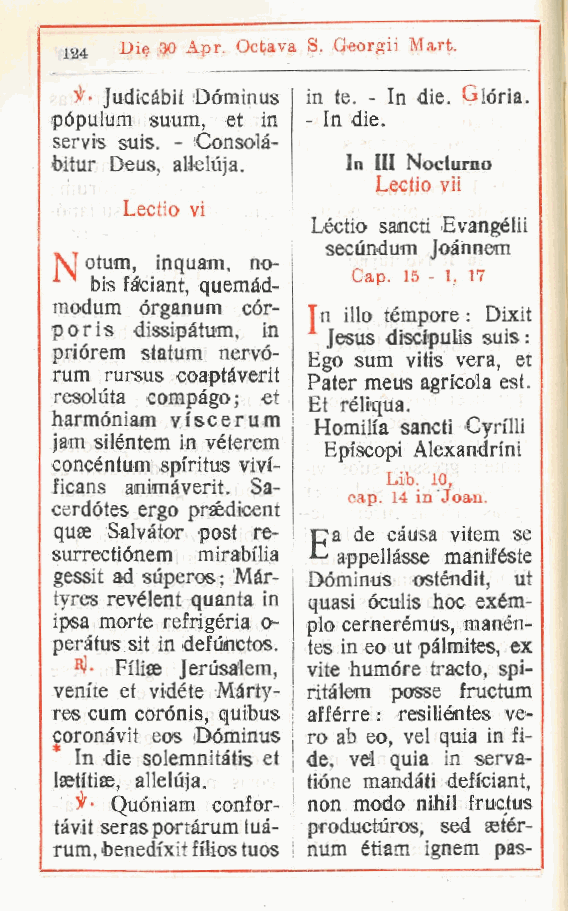
Die 30 Apr. Octava S. Georgii Mart.
 124
 Judicàbit Dóminus in te. - In die. Glòria.
 popuìum suum, et in In die.
 -
 servis suis. - Consolà-
 bitur Deus, allelùja. In III Nocfurno
 Lectio vii
 Lectio vi
 Léctio sancti Evangélii
 secundum Joànnem
 M otum, inquarti, no-
 Gap. 15 - l, 17
 bis fàciant quemàd-
 ,
 modum órganum cór- Tn ilio tèmpore : Dixit
 poris dissipàtum, in
 Jesus discipulis suis :
 priórem statum nervó-
 Ego sum vitis vera, et
 rum rursus coaptàverit Pater meus agricola est.
 resolùta compàgo; et
 Et réliqua.
 harmóniam yiscerum Homilfa sancti Cyrilli
 jam siléntem in véterem
 Episcopi Alexandrini
 concéntum spiritus vivi-
 Lib. io,
 ficans animaverit. Sa-
 cap. 14 in Joan.
 cerdótes ergo prsedicent
 quae Salvator post re- "Ca de càusa vitem se
 surrectiónem mirabilia [ appellasse manifèste
 gessit ad superos; Màr- Dóminus ostèndit, ut
 tyres revélent quanta in quasi óculis hoc exèm-
 ipsa morte refrigèria o- plo cernerèmus, manén-
 peràtus sit in defùnctos. tes in eo ut pàlmites, ex
 Filiae Jeriisalem, vite humóre tracio, spi-
 venite et vidéte Màrty- ritàlem posse fructum
 res cum corónis, quibus afférre : resiliéntes ve-
 coronàvlt eos Dóminus ! ro ab eo, vel quia in fi-
 In die solemnitàtis et de, vel quia in serva-
 laetitiae allelùja. tióne mandati deficiant,
 ,
 - Quóniam confor non modo nihil fructus
 -
 tàvit seras portàrum tuà- producturos, sed setér-
 rum, benedi'xit filios tuos num étiam ignem pas-